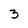
Character: 3